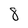
Character: 8